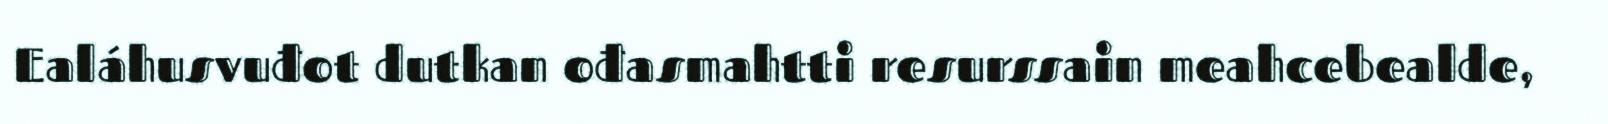
Ealáhusvuđot dutkan ođasmahtti resurssain meahcebealde,